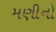
મણીનો